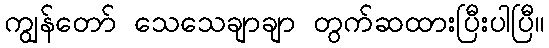
ကျွန်တော် သေသေချာချာ တွက်ဆထားပြီးပါပြီ။